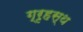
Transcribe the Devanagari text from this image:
ग्रृहस्थ